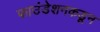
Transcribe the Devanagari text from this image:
फाउंडेशनकडून